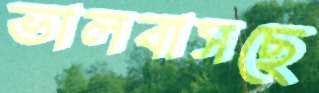
ভালবাসছে